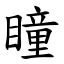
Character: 瞳